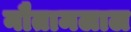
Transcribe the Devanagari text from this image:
नौतामलाल